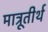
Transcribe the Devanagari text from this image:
मात्रूतीर्थ